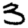
Digit: 3